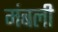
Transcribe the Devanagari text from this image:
मंबली